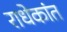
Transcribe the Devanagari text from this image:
राधेकांत